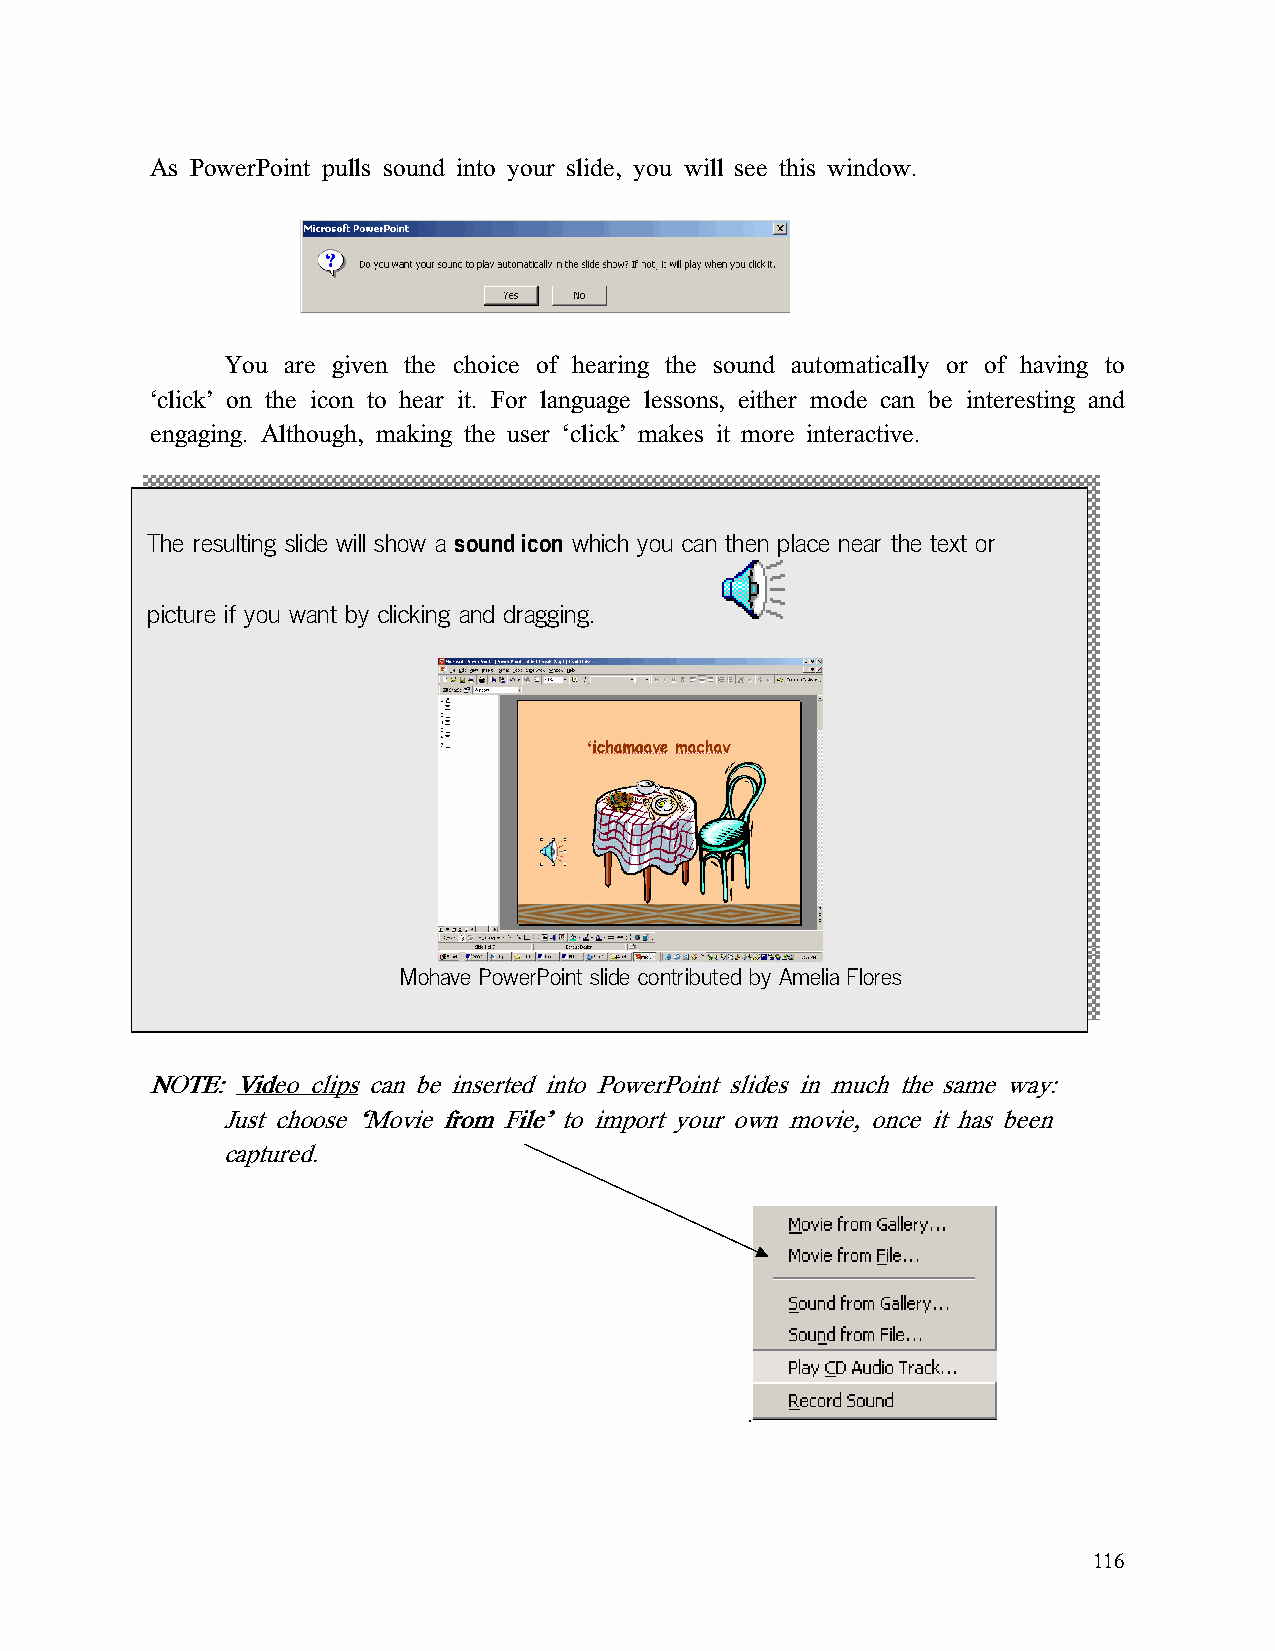
As PowerPoint pulls sound into your slide, you will see this window.
 You are given the choice of hearing the sound automatically or of having to
 ‘click’ on the icon to hear it. For language lessons, either mode can be interesting and
 engaging. Although, making the user ‘click’ makes it more interactive.
 The resulting slide will show a sound icon which you can then place near the text or
 picture if you want by clicking and dragging.
 Mohave PowerPoint slide contributed by Amelia Flores
 NNNNOOOOTTTTEEEE:::: VVVViiiiddddeeeeoooo cccclllliiiippppssss can be inserted into PowerPoint slides in much the same way:
 Just choose ‘‘‘‘MMMMoooovvvviiiieeee ffffrrrroooommmm FFFFiiiilllleeee’’’’ to import your own movie, once it has been
 captured.
 .
 116